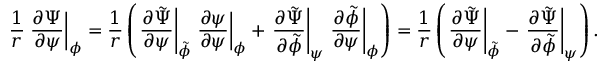
\frac { 1 } { r } \left. \frac { \partial \Psi } { \partial \psi } \right| _ { \phi } = \frac { 1 } { r } \left( \left. \frac { \partial \tilde { \Psi } } { \partial \psi } \right| _ { \tilde { \phi } } \left. \frac { \partial \psi } { \partial \psi } \right| _ { \phi } + \left. \frac { \partial \tilde { \Psi } } { \partial \tilde { \phi } } \right| _ { \psi } \left. \frac { \partial \tilde { \phi } } { \partial \psi } \right| _ { \phi } \right) = \frac { 1 } { r } \left( \left. \frac { \partial \tilde { \Psi } } { \partial \psi } \right| _ { \tilde { \phi } } - \left. \frac { \partial \tilde { \Psi } } { \partial \tilde { \phi } } \right| _ { \psi } \right) .